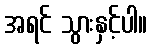
အရင် သွားနှင့်ပါ။